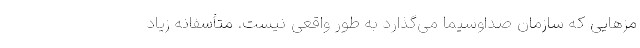
مزهایی که سازمان صداوسیما می‌گذارد به طور واقعی نیست. متأسفانه زیاد